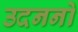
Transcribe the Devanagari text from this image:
उदननो